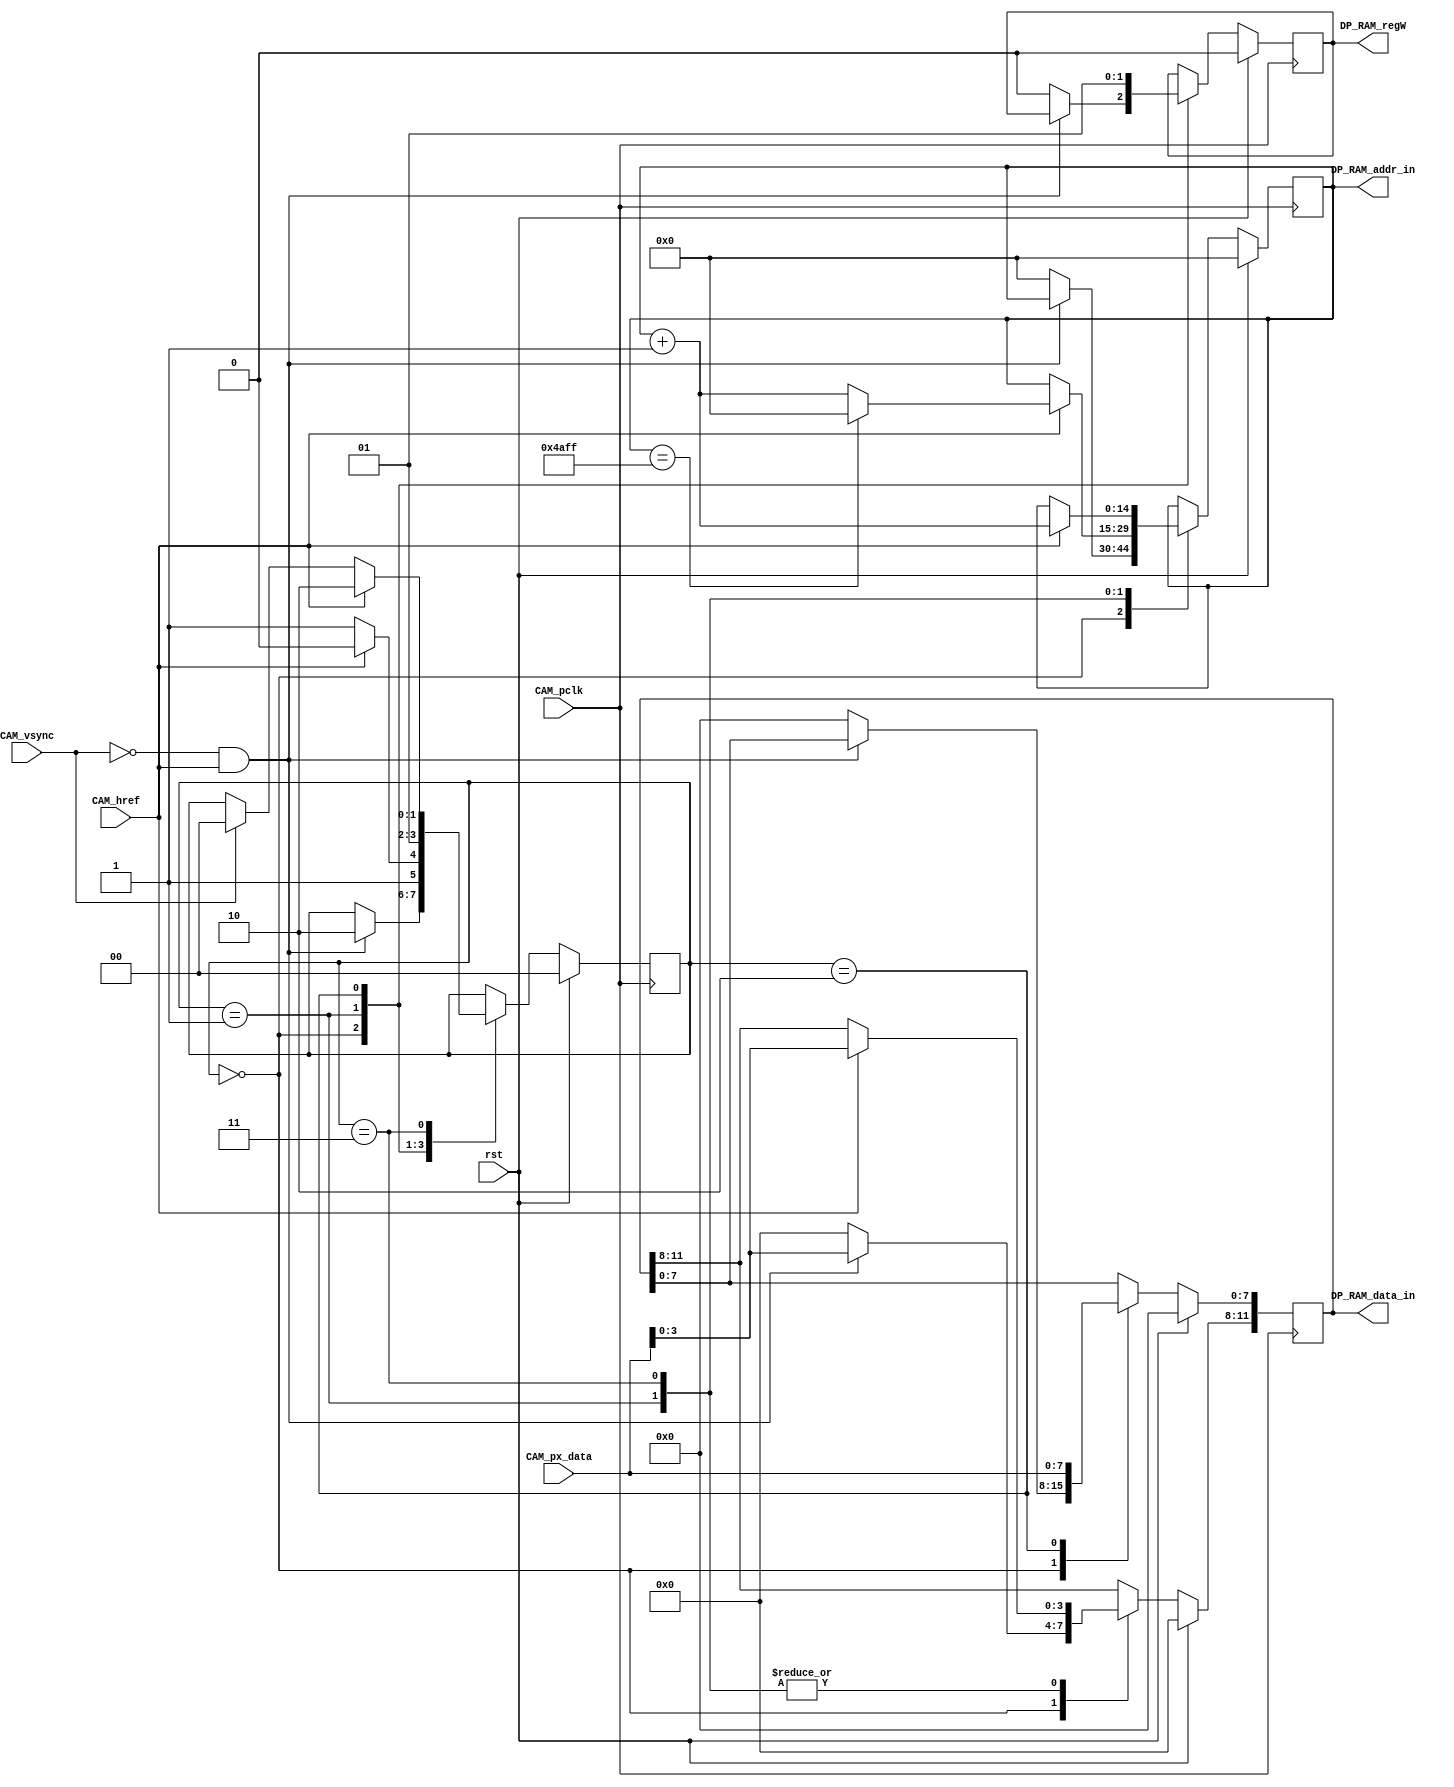
`timescale 10ns / 1ns
//////////////////////////////////////////////////////////////////////////////////
// Company: 
// Engineer: 
// 
// Design Name: 
// Module Name:    cam_read 
// Project Name: 
// Target Devices: 
// Tool versions: 
// Description: 
//
// Dependencies: 
//
// Revision: 
// Revision 0.01 - File Created
// Additional Comments: 
//
//////////////////////////////////////////////////////////////////////////////////
module cam_read #(
		parameter AW = 15,  // Cantidad de bits  de la direccin
		parameter DW = 12   //tamao de la data 
		)
		(

		CAM_pclk,     //reloj 
		CAM_vsync,    //Seal Vsync para captura de datos
		CAM_href,	// Seal Href para la captura de datos
		rst,		//reset
		
		DP_RAM_regW, 	//Control de esctritura
		DP_RAM_addr_in,	//Direccin de memoria de entrada
		DP_RAM_data_in,	//Data de entrada a la RAM
		CAM_px_data
	    );
	
	    input [7:0]CAM_px_data;
	    
		input CAM_pclk;		//Reloj de la camara
		input CAM_vsync;	//seal vsync de la camara
		input CAM_href;		//seal href de la camara
		input rst;		//reset de la camara 
		
		output reg DP_RAM_regW; 		//Registro del control de escritura 
	    output reg [AW-1:0] DP_RAM_addr_in;	// Registro de salida de la direccin de memoria de entrada 
	    output reg [DW-1:0] DP_RAM_data_in;	// Registro de salida de la data a escribir en memoria
        
        
//Maquina de estados	
	
localparam INIT=0,BYTE1=1,BYTE2=2,NOTHING=3,imaSiz=19199;
reg [1:0]status=0;

always @(posedge CAM_pclk)begin
    if(rst)begin
        status<=0;
        DP_RAM_data_in<=0;
        DP_RAM_addr_in<=0;
        DP_RAM_regW<=0;
    end
    else begin
	    
     case (status)
         INIT:begin 
             if(~CAM_vsync&CAM_href)begin // cuando la seal vsync negada y href son, se empieza con la escritura de los datos en memoria.
                 status<=BYTE2;
                 DP_RAM_data_in[11:8]<=CAM_px_data[3:0]; //se asignan los 4 bits menos significativos de la informacin que da la camara a los 4 bits mas significativos del dato a escribir
             end
             else begin
                 DP_RAM_data_in<=0;
                 DP_RAM_addr_in<=0;
                 DP_RAM_regW<=0;
             end 
         end
         
         BYTE1:begin
             DP_RAM_regW<=0; 					//Desactiva la escritura en memoria 
             if(CAM_href)begin					//si la seal Href esta arriva, evalua si ya llego a la ultima posicion en memoria
                     if(DP_RAM_addr_in==imaSiz) DP_RAM_addr_in<=0;			//Si ya llego al final, reinicia la posicin en memoria. 
                     else DP_RAM_addr_in<=DP_RAM_addr_in+1;	//Si aun no ha llegado a la ultima posicin sigue recorriendo los espacios en memoria y luego escribe en ellos cuan do pasa al estado Byte2
                 DP_RAM_data_in[11:8]<=CAM_px_data[3:0];
                 status<=BYTE2;
             end
             else status<=NOTHING;   
         end
         
         BYTE2:begin							//En este estado se habilita la escritura en memoria
             	DP_RAM_data_in[7:0]<=CAM_px_data;
             	DP_RAM_regW<=1;    
             	status<=BYTE1;
         end
         
         NOTHING:begin						// es un estado de trnsicin    
             if(CAM_href)begin					// verifica la seal href y se asigna los 4 bits mas significativos y se mueve una posicin en memoria
                 status<=BYTE2;
                 DP_RAM_data_in[11:8]<=CAM_px_data[3:0];
                 DP_RAM_addr_in<=DP_RAM_addr_in+1;
             end
             else if (CAM_vsync) status<=INIT;		// Si vsync esta arriba inicializa la maquina de estados    
         end
         
         default: status<=INIT;
    endcase
 end
end
		

/********************************************************************************

Por favor colocar en este archivo el desarrollo realizado por el grupo para la 
captura de datos de la camara 

debe tener en cuenta el nombre de las entradas  y salidad propuestas 

********************************************************************************/

endmodule